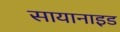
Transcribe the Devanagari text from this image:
सायानाइड